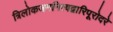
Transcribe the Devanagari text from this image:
त्रिलोकजननित्वद्वारिपूरोदरे